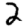
Digit: 2